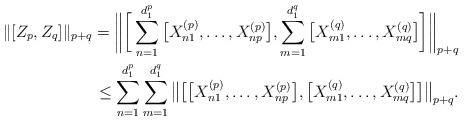
LaTeX: \begin{align*} \|[Z_p,Z_q]\|_{p+q}=\bigg\|\bigg[\sum_{n=1}^{d_1^p}\big[X_{n1}^{(p)},\dots,X_{np}^{(p)}\big], \sum_{m=1}^{d_1^q}\big[X_{m1}^{(q)},\dots,X_{mq}^{(q)}\big]\bigg]\bigg\|_{p+q} \\ \leq\sum_{n=1}^{d_1^p}\sum_{m=1}^{d_1^q}\big\|\big[\big[X_{n1}^{(p)},\dots,X_{np}^{(p)}\big], \big[X_{m1}^{(q)},\dots,X_{mq}^{(q)}\big]\big]\big\|_{p+q}.\end{align*}